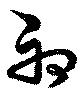
初